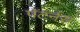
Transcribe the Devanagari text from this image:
पॅटर्नस